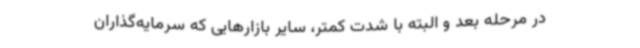
در مرحله بعد و البته با شدت کمتر، سایر بازارهایی که سرمایه‌گذاران